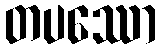
တပဿော